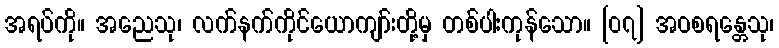
အရပ်ကို။ အညေသု၊ လက်နက်ကိုင်ယောကျာ်းတို့မှ တစ်ပါးကုန်သော။ [၀၇] အဝစရန္တေသု၊